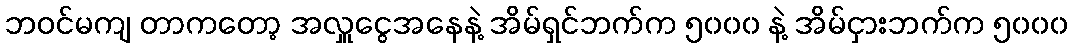
ဘဝင်မကျ တာကတော့ အလှူငွေအနေနဲ့ အိမ်ရှင်ဘက်က ၅၀၀၀ နဲ့ အိမ်ငှားဘက်က ၅၀၀၀